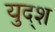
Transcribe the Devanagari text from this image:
युद्श